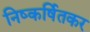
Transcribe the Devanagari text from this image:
निष्कर्षितकर